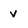
Character: V